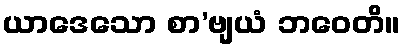
ယာဒေသော စာ’ဗျယံ ဘဝေတိ။